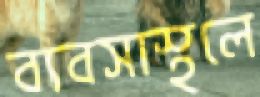
ব্যবসাস্থলে